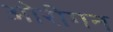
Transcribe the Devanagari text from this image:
ओरीगन